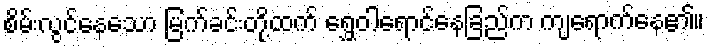
စိမ်းလွင်နေသော မြက်ခင်းတို့ထက် ရွှေဝါရောင်နေခြည်က ကျရောက်နေ၏။